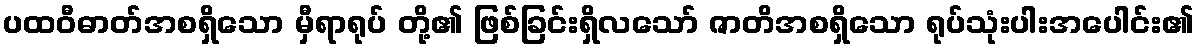
ပထဝီဓာတ်အစရှိသော မှီရာရုပ် တို့၏ ဖြစ်ခြင်းရှိလသော် ဇာတိအစရှိသော ရုပ်သုံးပါးအပေါင်း၏